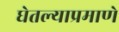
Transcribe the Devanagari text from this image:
घेतल्याप्रमाणे